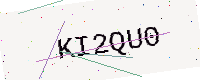
Text: KI2QU0